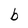
Character: b